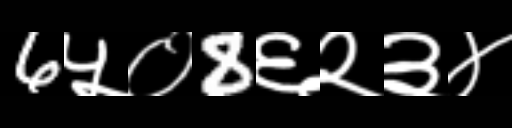
Text: 6५०8६२३४